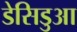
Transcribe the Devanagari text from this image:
डेसिडुआ